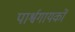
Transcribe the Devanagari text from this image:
पार्श्वगायकों